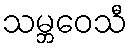
သမ္ဘဝေသီ